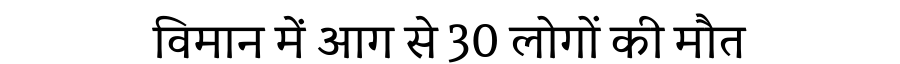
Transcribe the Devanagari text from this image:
विमान में आग से 30 लोगों की मौत